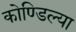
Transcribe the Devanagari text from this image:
कोण्डिल्या